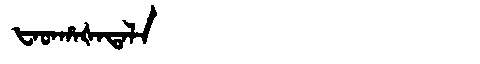
Manchu: ᡶᠠᡨᡥᠠᡧᠠᡨᠠᠯᠠ
Romanization: FATHAŠATALA